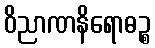
ဝိညာဏနိရောဓဉ္စ